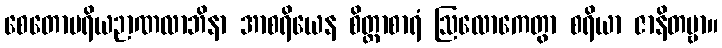
စေတောပရိယဉာဏလာဘိနာ အာစရိယေန စိတ္တာစာရံ ဩလောကေတွာ စရိယာ ဇာနိတဗ္ဗာ။